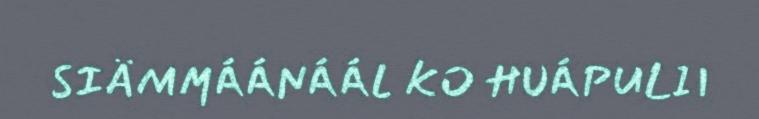
SIÄMMÁÁNÁÁL KO HUÁPULII